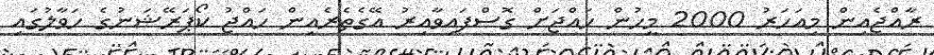
ރާއްޖެއިން މިއަހަރު 2000 މީހުން ހައްޖަށް ގޮސްފައިވާއިރު އޭގެތެރެއިން ހައްޖު ކޯޕަރޭޝަނުގެ ހަވާލުގައި